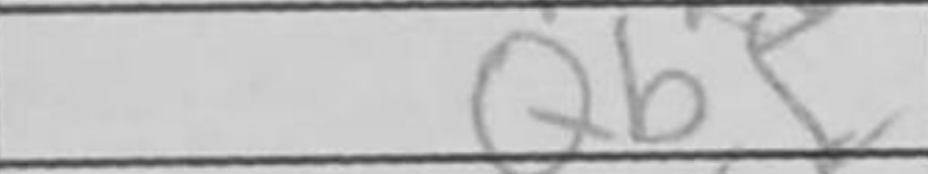
Transcription: Qb5